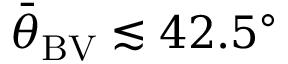
{ \bar { \theta } } _ { \mathrm { B V } } \lesssim 4 2 . 5 ^ { \circ }